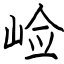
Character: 崄